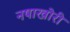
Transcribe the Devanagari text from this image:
नषाखोरी